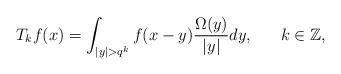
LaTeX: \begin{align*} T_kf(x) = \int_{|y| > q^{k}} f(x-y) \dfrac{\Omega(y)}{|y|} dy,~~~~ ~ k \in \mathbb{Z},\end{align*}